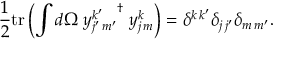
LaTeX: { \frac { 1 } { 2 } } \mathrm { t r } \left( { \int { d \Omega \; { y _ { j ^ { \prime } \, m ^ { \prime } } ^ { k ^ { \prime } } } ^ { \dagger } \; y _ { j \, m } ^ { k } } } \right) = \delta ^ { k \, k ^ { \prime } } \delta _ { j \, j ^ { \prime } } \delta _ { m \, m ^ { \prime } } .